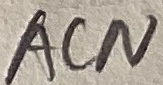
Text: ACN